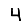
Digit: 4